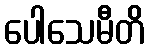
ပေါသေမီတိ